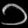
Digit: ၁